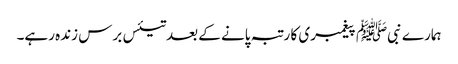
ہمارے نبیﷺ پیغمبری کا رتبہ پانے کے بعد تیئس برس زندہ رہے۔